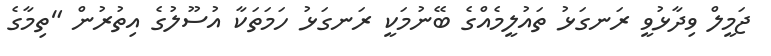
ޖަމީލް ވިދާޅުވީ ރަނގަޅު ތައުލީމެއްގެ ބޭނުމަކީ ރަނގަޅު ހަމަތަކާ އުސޫލުގެ އިތުރުން "ތިމާގެ